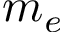
m _ { e }